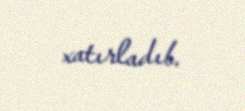
xatırladıb.